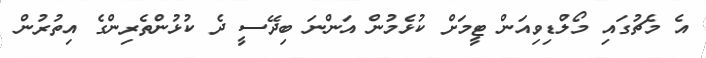
އެ މެޗުގައި މޯލްޑިވިއަން ޓީމަށް ކުޅެމުން އަންނަ ބިދޭސީ ދެ ކުޅުންތެރިންގެ އިތުރުން